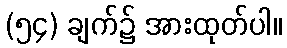
(၅၄) ချက်၌ အားထုတ်ပါ။